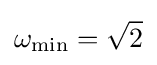
\omega _{\text{min}}={\sqrt {2}}